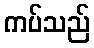
ကပ်သည်